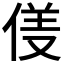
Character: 𱎹